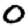
Digit: 0